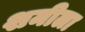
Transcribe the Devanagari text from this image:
शमीला